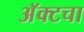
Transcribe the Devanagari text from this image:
अॅक्टचा